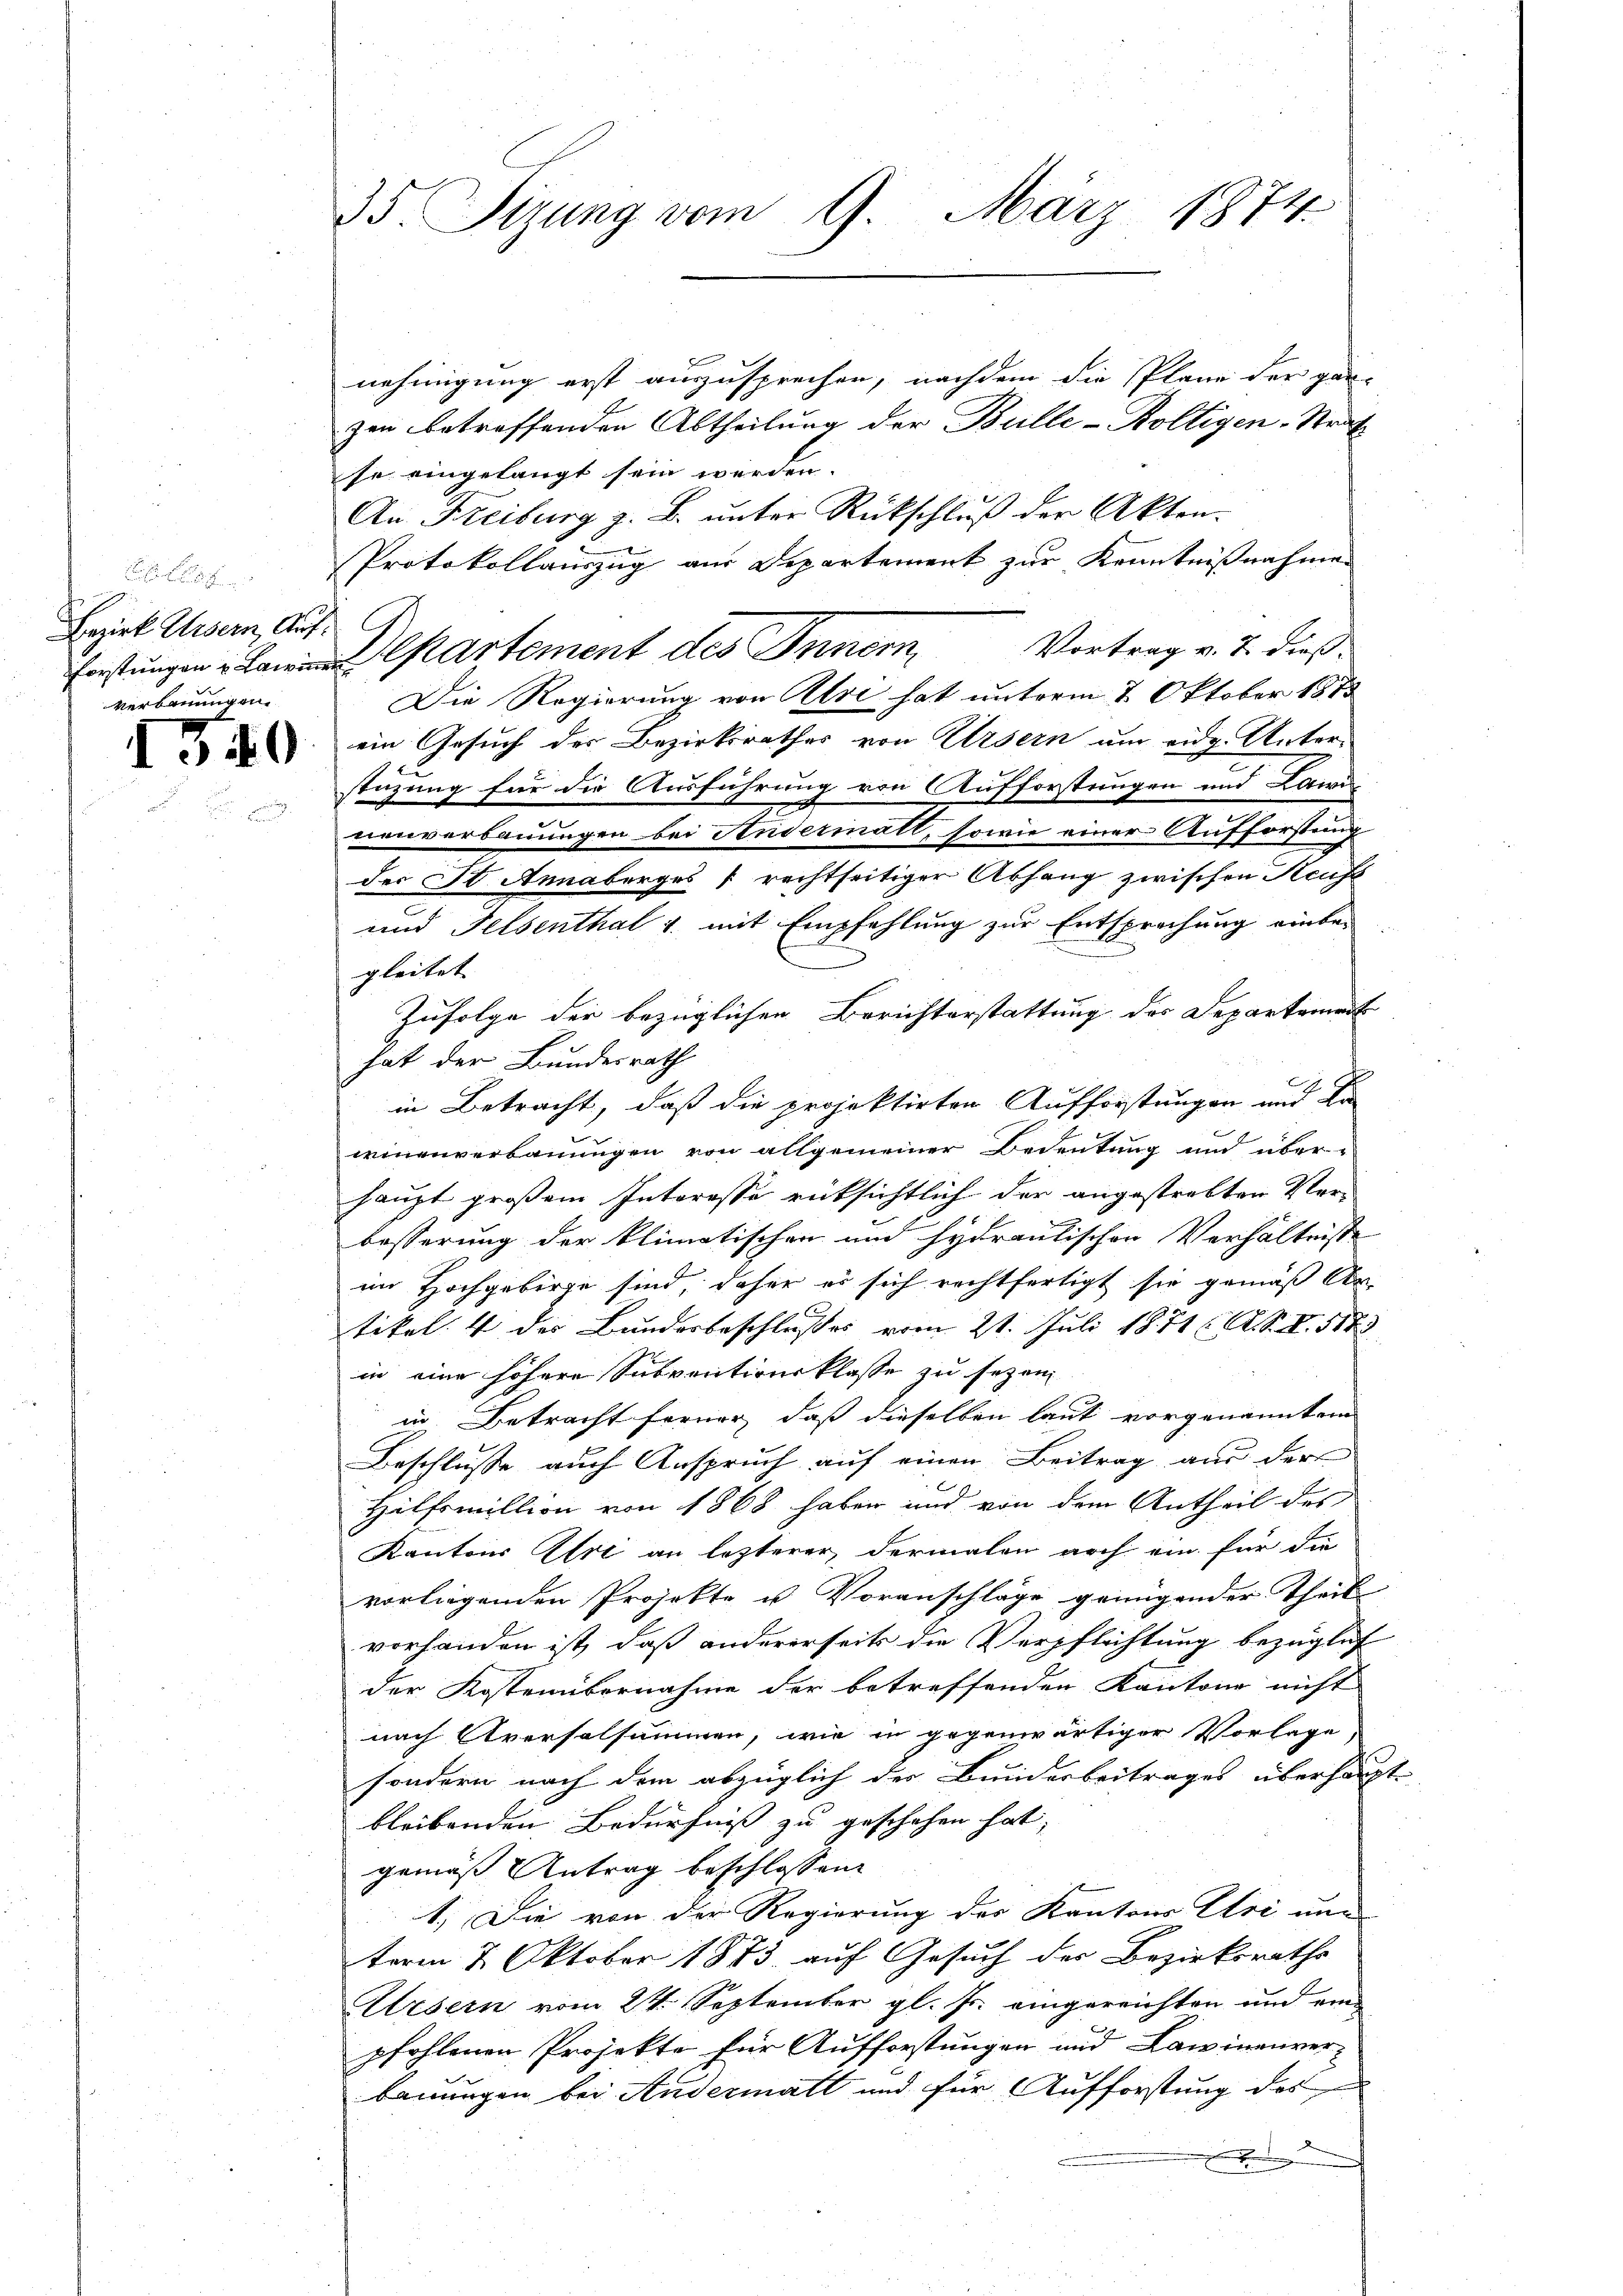
Bezirk Ursern, Auf:
verbauungen.

IG40

35. Sizung vom 9. März 1874.

nehmigung erst auszusprechen, nachdem die Plane der gan-
zen betreffenden Abtheilung der Bulle-Boltigen-Straf
se eingelangt sein werden.
An Freiburg z. B. unter Rückschluß der Akten.
Protokollauszug aus Departement zur Kenntnißnahmen
Vortrag v. 2. dieß.
Ernstungen Lani partement des Innern,
Die Regierung von Alse hat unterm 2. Oktober 1873
ein Gesuch des Bezirksrathes von Ursern um eidg. Unter-
stüzung für die Ausführung von Aufforstungen und Lanu
nenverbauungen bei Andermall, sowie einer Aufforstung
der St. Annaberges rechtseitiger Abhang zwischen Kaufs
und Felsenthal u. mit Empfehlung zur Entsprechung einber
gleitet. |
Zufolge der bezüglichen Berichterstattung der Departement
hat der Bundesrath
in Betracht, daß die projektirten Aufforstungen und Ka
winenverbauungen von allgemeiner Bedeutung und überhaupt großem Interesse rücksichtlich der angestrebten Ver-
besserung der klimatischen und hydrantischen Verhältnisse
im Hochgebirge sind, daher es sich rechtfertigt sie gemäß Ar-
tikel. 4 des Bunderbeschlußes vom 21. Juli 1871 (A. S. S. 1182
in eine höhere Subventionsklasse zu sezen
i Betracht ferner, daß dieselben laut vorgenanntem
Beschlusse auch Anspruch auf einen Beitrag aus der
Hilfsmillion von 1868 haben und von dem Antheil des
Kantons Ihre an letzterer, dermalen noch ein für die
vorliegenden Projekte u Voranschläge genügender Theil
vorhanden ist, daß andererseits die Verpflichtung bezüglich
der Kostenübernahme der betreffenden Kantone nicht
nach Aversalsummen, wie in gegenwärtiger Vorlage
sondern nach dem abzüglich der Bunderbeitrages überhaupt-
bleibenden Bedürfniß zu geschehen hat,
gemäß Antrag beschlossen:
1.) Die von der Regierung des Kantons Uri un
term 2. Oktober 1883 auf Gesuch der Bezirksraths
Ursern vom 24. September gl. Js. eingereichten und eine
pfohlenen Projekte für Aufforstungen und Lawinenver
bauungen bei Andermatt und für Aufforstung des
.